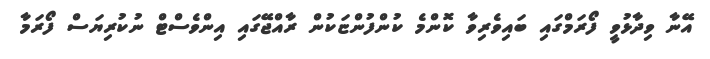
އޭނާ ވިދާޅުވީ ފޯރަމްގައި ބައިވެރިވާ ކޮންމެ ކުންފުންޏަކުން ރާއްޖޭގައި އިންވެސްޓް ނުކުރިޔަސް ފޯރަމާ